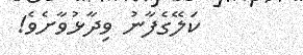
ކަލޭގެފާނު ވިދާޅުވާށެވެ!